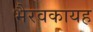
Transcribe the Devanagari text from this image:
भैरवकायह